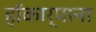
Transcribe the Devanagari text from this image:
हॉकार्पाना